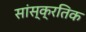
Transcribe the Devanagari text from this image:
सांस्क्रतिक